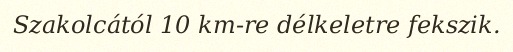
Szakolcától 10 km-re délkeletre fekszik.